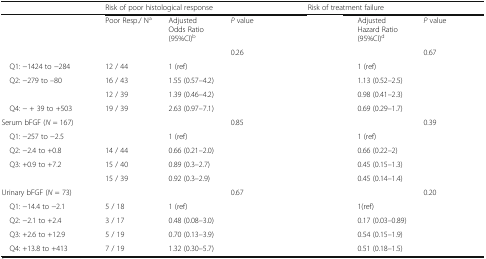
<table><thead><tr><td>[EMPTY_CELL]</td><td colspan="3"><b>Risk of poor histological response</b></td><td colspan="3"><b>Risk of treatment failure</b></td></tr></thead><tbody><tr><td>[EMPTY_CELL]</td><td>Poor Resp./ N<sup>a</sup></td><td>Adjusted Odds Ratio (95%CI)<sup>b</sup></td><td><i>P</i> value</td><td>[EMPTY_CELL]</td><td>Adjusted Hazard Ratio (95%CI)<sup>d</sup></td><td><i>P</i> value</td></tr><tr><td>[EMPTY_CELL]</td><td>[EMPTY_CELL]</td><td>[EMPTY_CELL]</td><td>0.26</td><td>[EMPTY_CELL]</td><td>[EMPTY_CELL]</td><td>0.67</td></tr><tr><td> Q1: −1424 to −284</td><td>12 / 44</td><td>1 (ref)</td><td>[EMPTY_CELL]</td><td>[EMPTY_CELL]</td><td>1 (ref)</td><td>[EMPTY_CELL]</td></tr><tr><td> Q2: −279 to --80</td><td>16 / 43</td><td>1.55 (0.57–4.2)</td><td>[EMPTY_CELL]</td><td>[EMPTY_CELL]</td><td>1.13 (0.52–2.5)</td><td>[EMPTY_CELL]</td></tr><tr><td>[EMPTY_CELL]</td><td>12 / 39</td><td>1.39 (0.46–4.2)</td><td>[EMPTY_CELL]</td><td>[EMPTY_CELL]</td><td>0.98 (0.41–2.3)</td><td>[EMPTY_CELL]</td></tr><tr><td> Q4: − + 39 to +503</td><td>19 / 39</td><td>2.63 (0.97–7.1)</td><td>[EMPTY_CELL]</td><td>[EMPTY_CELL]</td><td>0.69 (0.29–1.7)</td><td>[EMPTY_CELL]</td></tr><tr><td>Serum bFGF (<i>N</i> = 167)</td><td>[EMPTY_CELL]</td><td>[EMPTY_CELL]</td><td>0.85</td><td>[EMPTY_CELL]</td><td>[EMPTY_CELL]</td><td>0.39</td></tr><tr><td> Q1: −257 to −2.5</td><td>[EMPTY_CELL]</td><td>1 (ref)</td><td>[EMPTY_CELL]</td><td>[EMPTY_CELL]</td><td>1 (ref)</td><td>[EMPTY_CELL]</td></tr><tr><td> Q2: −2.4 to +0.8</td><td>14 / 44</td><td>0.66 (0.21–2.0)</td><td>[EMPTY_CELL]</td><td>[EMPTY_CELL]</td><td>0.66 (0.22–2)</td><td>[EMPTY_CELL]</td></tr><tr><td> Q3: +0.9 to +7.2</td><td>15 / 40</td><td>0.89 (0.3–2.7)</td><td>[EMPTY_CELL]</td><td>[EMPTY_CELL]</td><td>0.45 (0.15–1.3)</td><td>[EMPTY_CELL]</td></tr><tr><td>[EMPTY_CELL]</td><td>15 / 39</td><td>0.92 (0.3–2.9)</td><td>[EMPTY_CELL]</td><td>[EMPTY_CELL]</td><td>0.45 (0.14–1.4)</td><td>[EMPTY_CELL]</td></tr><tr><td>Urinary bFGF (<i>N</i> = 73)</td><td>[EMPTY_CELL]</td><td>[EMPTY_CELL]</td><td>0.67</td><td>[EMPTY_CELL]</td><td>[EMPTY_CELL]</td><td>0.20</td></tr><tr><td> Q1: −14.4 to −2.1</td><td>5 / 18</td><td>1 (ref)</td><td>[EMPTY_CELL]</td><td>[EMPTY_CELL]</td><td>1(ref)</td><td>[EMPTY_CELL]</td></tr><tr><td> Q2: −2.1 to +2.4</td><td>3 / 17</td><td>0.48 (0.08–3.0)</td><td>[EMPTY_CELL]</td><td>[EMPTY_CELL]</td><td>0.17 (0.03–0.89)</td><td>[EMPTY_CELL]</td></tr><tr><td> Q3: +2.6 to +12.9</td><td>5 / 19</td><td>0.70 (0.13–3.9)</td><td>[EMPTY_CELL]</td><td>[EMPTY_CELL]</td><td>0.54 (0.15–1.9)</td><td>[EMPTY_CELL]</td></tr><tr><td> Q4: +13.8 to +413</td><td>7 / 19</td><td>1.32 (0.30–5.7)</td><td>[EMPTY_CELL]</td><td>[EMPTY_CELL]</td><td>0.51 (0.18–1.5)</td><td>[EMPTY_CELL]</td></tr></tbody></table>